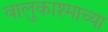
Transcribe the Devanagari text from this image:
वालुकाश्माच्या